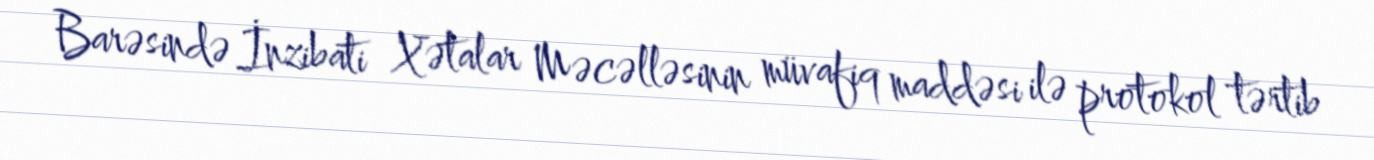
Barəsində İnzibati Xətalar Məcəlləsinin müvafiq maddəsi ilə protokol tərtib